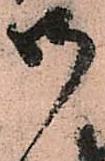
御